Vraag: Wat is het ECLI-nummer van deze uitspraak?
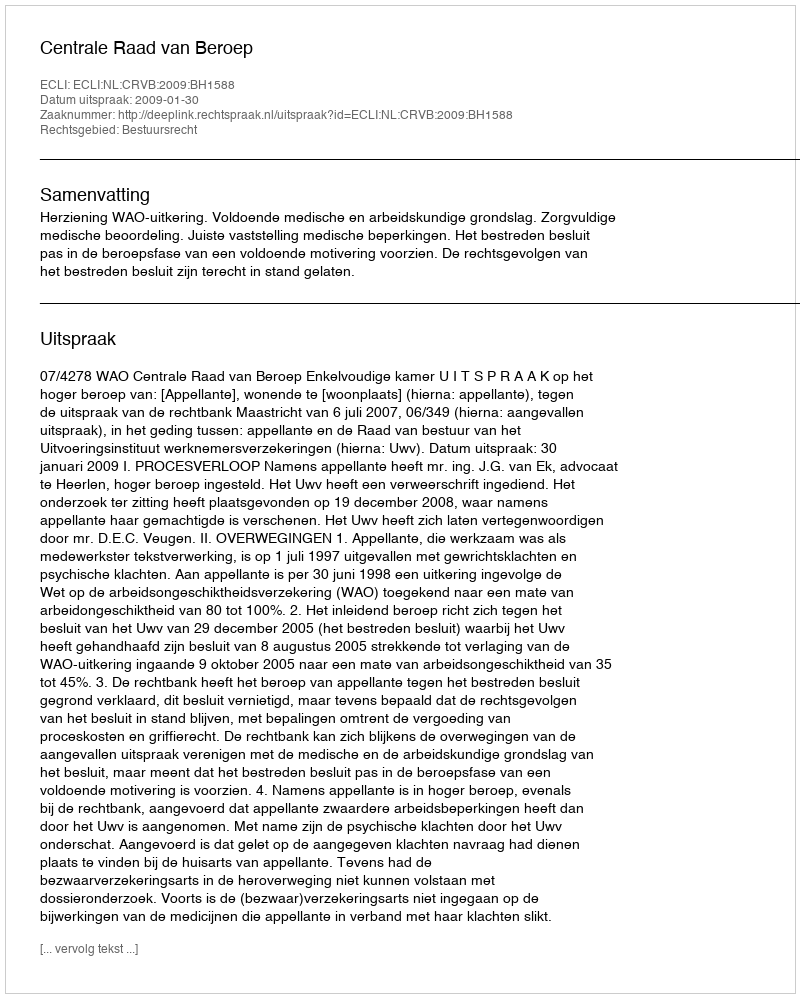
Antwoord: ECLI:NL:CRVB:2009:BH1588